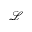
\mathcal { L }